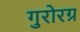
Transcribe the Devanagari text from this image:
गुरोरग्र